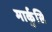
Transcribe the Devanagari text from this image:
मार्कुसि